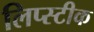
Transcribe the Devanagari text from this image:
लिप्स्टीक